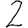
Digit: 2